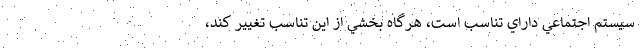
سيستم اجتماعي داراي تناسب است، هرگاه بخشي از اين تناسب تغيير كند،